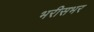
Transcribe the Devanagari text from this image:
भरीसभर